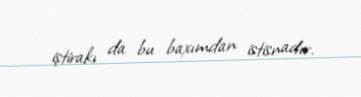
iştirakı da bu baxımdan istisnadır.